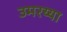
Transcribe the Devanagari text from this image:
उमरय्या